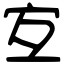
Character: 宐